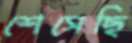
শেসেছি